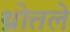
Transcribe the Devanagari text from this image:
थ्रोत्तले